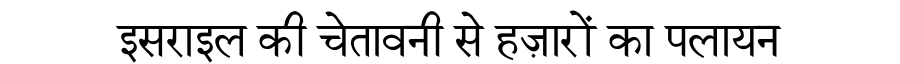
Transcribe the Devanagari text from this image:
इसराइल की चेतावनी से हज़ारों का पलायन